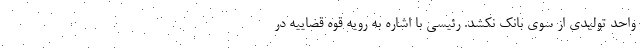
واحد تولیدی از سوی بانک نکشد. رئیسی با اشاره به رویه قوه قضاییه در